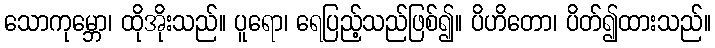
သောကုမ္ဘော၊ ထိုအိုးသည်။ ပူရော၊ ရေပြည့်သည်ဖြစ်၍။ ပိဟိတော၊ ပိတ်၍ထားသည်။